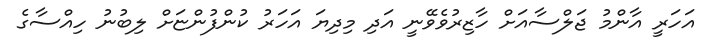
އަހަރީ އާންމު ޖަލްސާއަށް ހާޒިރުވެވޭނީ އަދި މިދިޔަ އަހަރު ކުންފުންޏަށް ލިބުނު ހިއްސާގެ